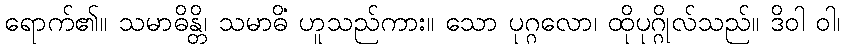
ရောက်၏။ သမာဓိန္တိ၊ သမာဓိံ ဟူသည်ကား။ သော ပုဂ္ဂလော၊ ထိုပုဂ္ဂိုလ်သည်။ ဒိဝါ ဝါ၊